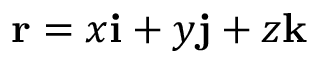
\mathbf { r } = x \mathbf { i } + y \mathbf { j } + z \mathbf { k }